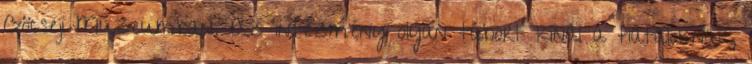
Göcseji Múzeumban. Az intézmény olyan tábort kínál a fiataloknak,